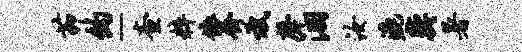
茆约-查粹依齐斌声汨汝漉奕暑